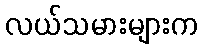
လယ်သမားများက